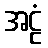
အဠံ